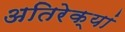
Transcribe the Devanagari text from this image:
अतिरेक्यां